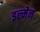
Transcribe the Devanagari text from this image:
इल्मेन